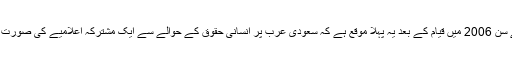
اقوام متحدہ کی ہيومن رائٹس کونسل کے سن 2006 ميں قيام کے بعد يہ پہلا موقع ہے کہ سعودی عرب پر انسانی حقوق کے حوالے سے ايک مشترکہ اعلاميے کی صورت ميں اس طرح باقاعدہ تنقيد کی گئی ہے۔